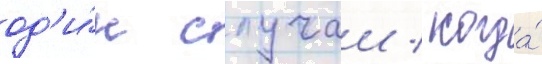
од'и́н случаи / когда́